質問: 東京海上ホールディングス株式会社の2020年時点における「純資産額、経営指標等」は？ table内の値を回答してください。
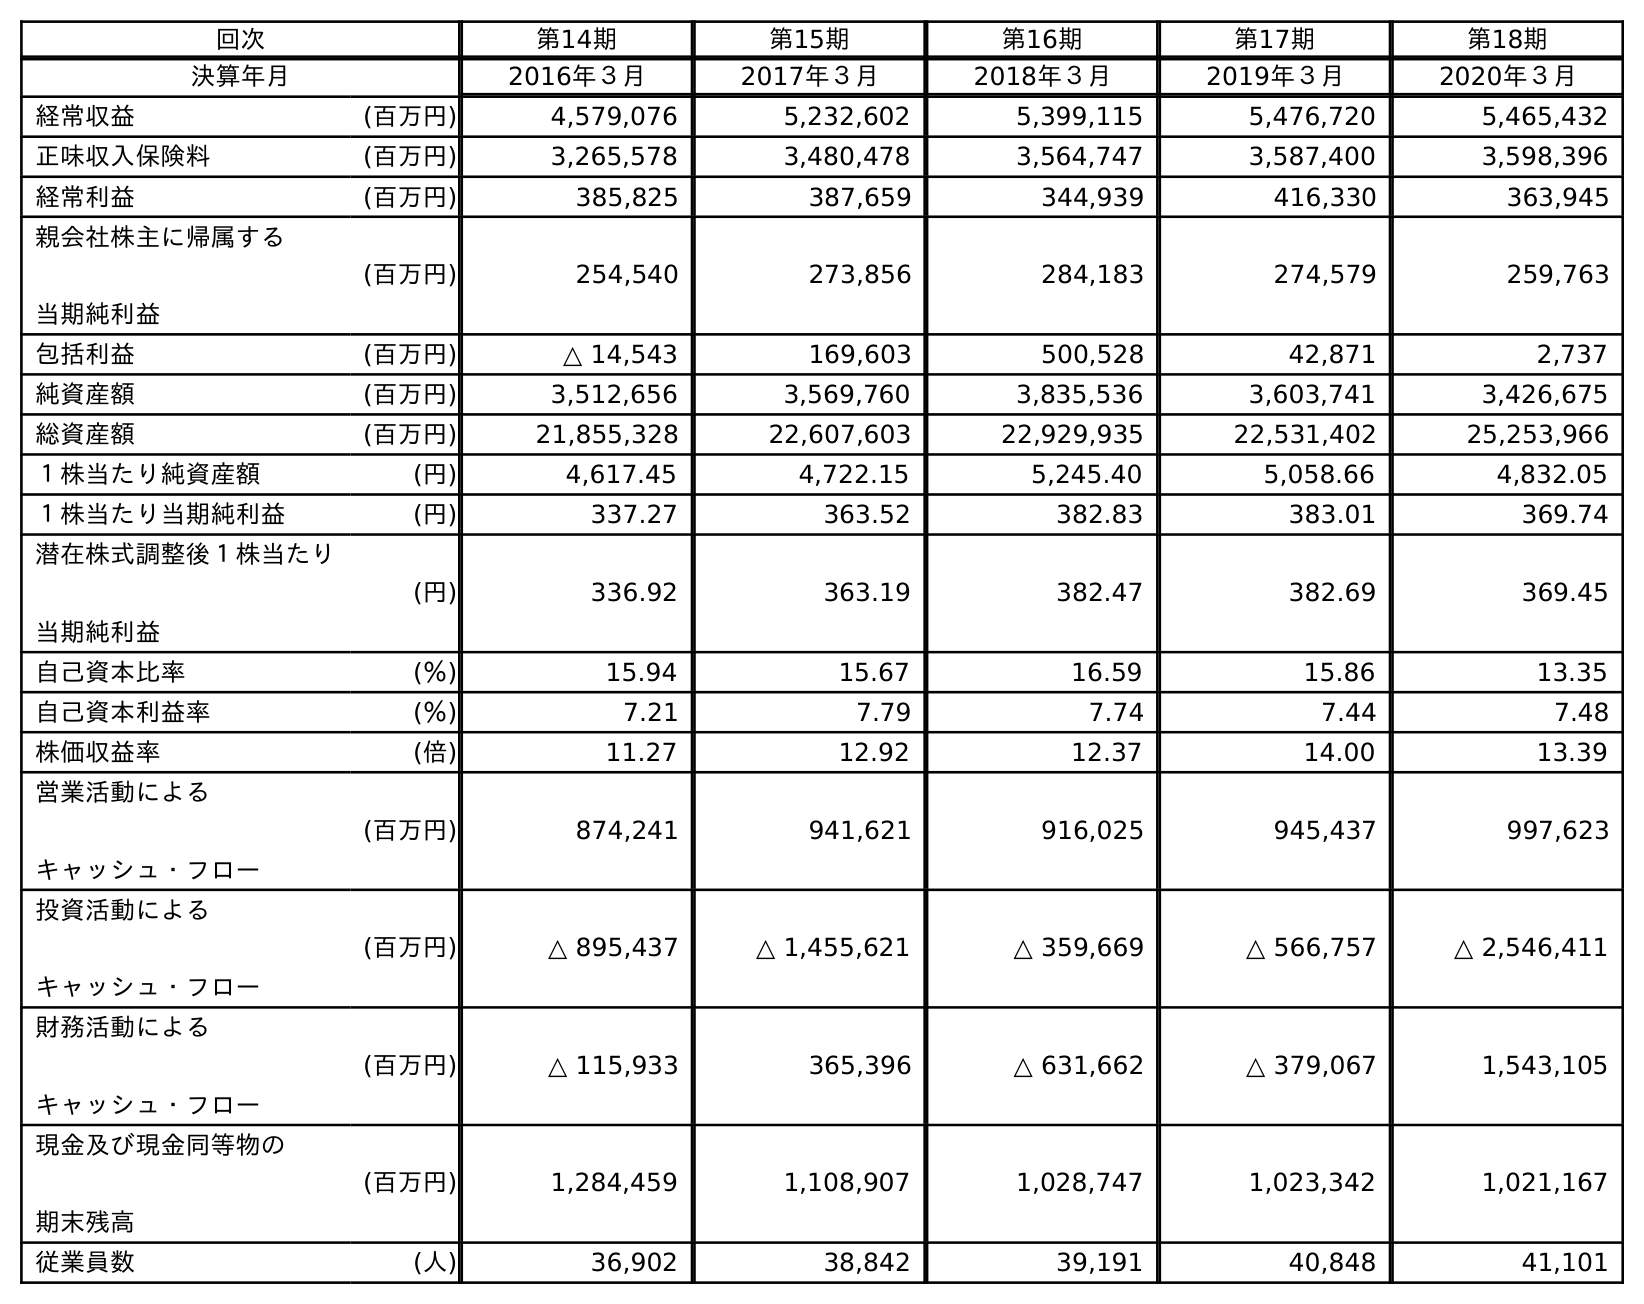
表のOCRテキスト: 回次 第14期 第15期 第16期 第17期 第18期 決算年月 2016年３月 2017年３月 2018年３月 2019年３月 2020年３月 経常収益 (百万円) 4,579,076 5,232,602 5,399,115 5,476,720 5,465,432 正味収入保険料 (百万円) 3,265,578 3,480,478 3,564,747 3,587,400 3,598,396 経常利益 (百万円) 385,825 387,659 344,939 416,330 363,945 親会社株主に帰属する 当期純利益 (百万円) 254,540 273,856 284,183 274,579 259,763 包括利益 (百万円) △ 14,543 169,603 500,528 42,871 2,737 純資産額 (百万円) 3,512,656 3,569,760 3,835,536 3,603,741 3,426,675 総資産額 (百万円) 21,855,328 22,607,603 22,929,935 22,531,402 25,253,966 １株当たり純資産額 (円) 4,617.45 4,722.15 5,245.40 5,058.66 4,832.05 １株当たり当期純利益 (円) 337.27 363.52 382.83 383.01 369.74 潜在株式調整後１株当たり 当期純利益 (円) 336.92 363.19 382.47 382.69 369.45 自己資本比率 (％) 15.94 15.67 16.59 15.86 13.35 自己資本利益率 (％) 7.21 7.79 7.74 7.44 7.48 株価収益率 (倍) 11.27 12.92 12.37 14.00 13.39 営業活動による キャッシュ・フロー (百万円) 874,241 941,621 916,025 945,437 997,623 投資活動による キャッシュ・フロー (百万円) △ 895,437 △ 1,455,621 △ 359,669 △ 566,757 △ 2,546,411 財務活動による キャッシュ・フロー (百万円) △ 115,933 365,396 △ 631,662 △ 379,067 1,543,105 現金及び現金同等物の 期末残高 (百万円) 1,284,459 1,108,907 1,028,747 1,023,342 1,021,167 従業員数 (人) 36,902 38,842 39,191 40,848 41,101
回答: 3,426,675